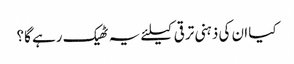
کیا ان کی ذہنی ترقی کیلئے یہ ٹھیک رہے گا؟